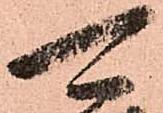
可